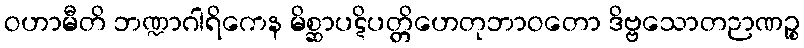
ဝဟာမီတိ ဘဏ္ဍာဂါရိကေန မိစ္ဆာပဋိပတ္တိဟေတုဘာဝတော ဒိဗ္ဗသောတဉာဏဉ္စ